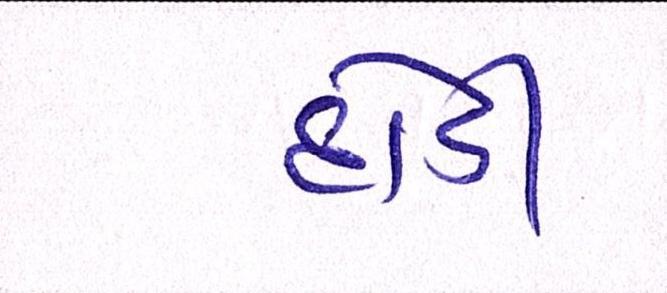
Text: દોડી